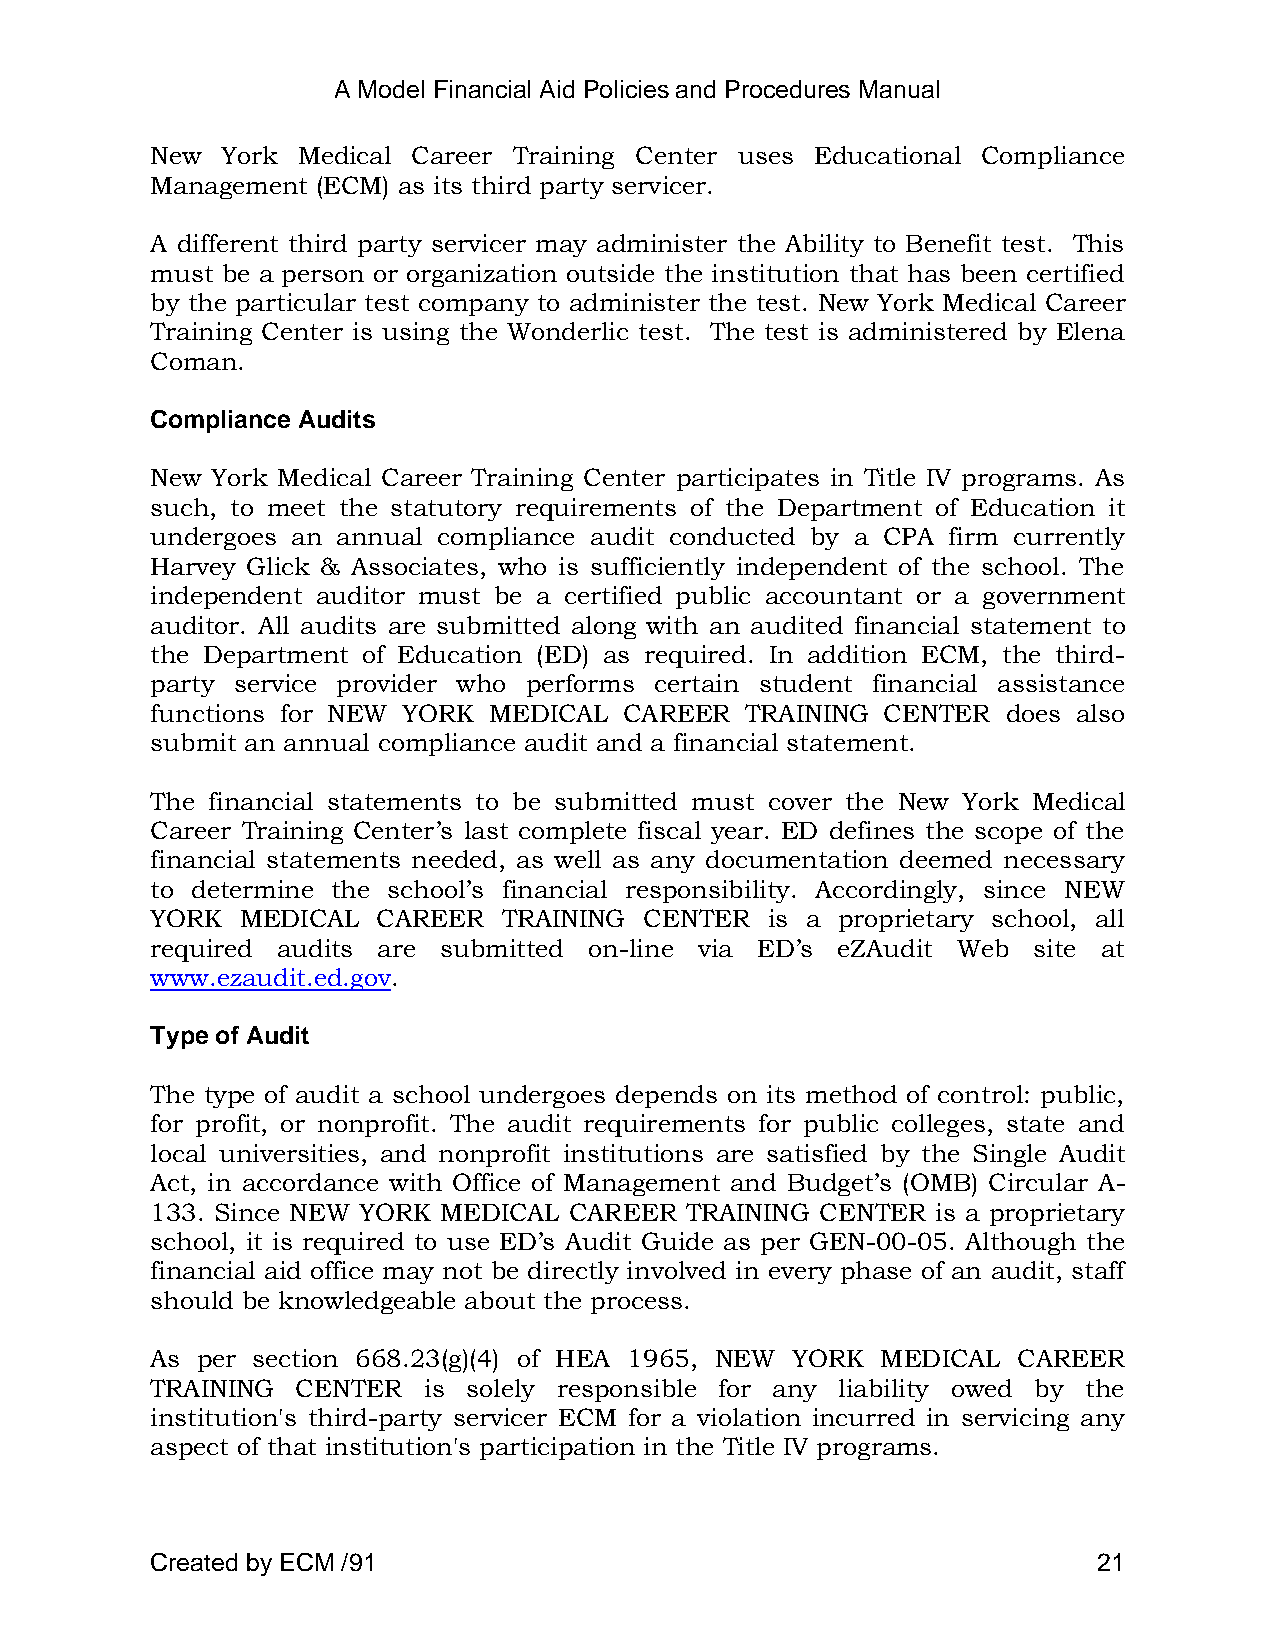
A Model Financial Aid Policies and Procedures Manual
 New  York Medical Career Training Center uses Educational Compliance
 Management (ECM) as its third party servicer.
 A different third party servicer may administer the Ability to Benefit test. This
 must be a person or organization outside the institution that has been certified
 by the particular test company to administer the test. New York Medical Career
 Training Center is using the Wonderlic test. The test is administered by Elena
 Coman.
 Compliance Audits
 New York Medical Career Training Center participates in Title IV programs. As
 such, to meet the statutory requirements of the Department of Education it
 undergoes an annual compliance audit conducted by a CPA firm currently
 Harvey Glick & Associates, who is sufficiently independent of the school. The
 independent auditor must be a certified public accountant or a government
 auditor. All audits are submitted along with an audited financial statement to
 the Department of Education (ED) as required. In addition ECM, the third-
 party service provider who performs certain student financial assistance
 functions for NEW YORK MEDICAL CAREER  TRAINING  CENTER  does also
 submit an annual compliance audit and a financial statement.
 The financial statements to be submitted must cover the New York Medical
 Career Training Center‘s last complete fiscal year. ED defines the scope of the
 financial statements needed, as well as any documentation deemed necessary
 to determine the school‘s financial responsibility. Accordingly, since NEW
 YORK  MEDICAL  CAREER  TRAINING  CENTER  is a proprietary school, all
 required audits are submitted on-line via ED‘s eZAudit Web site at
 www.ezaudit.ed.gov.
 Type of Audit
 The type of audit a school undergoes depends on its method of control: public,
 for profit, or nonprofit. The audit requirements for public colleges, state and
 local universities, and nonprofit institutions are satisfied by the Single Audit
 Act, in accordance with Office of Management and Budget‘s (OMB) Circular A-
 133. Since NEW YORK MEDICAL CAREER TRAINING CENTER  is a proprietary
 school, it is required to use ED‘s Audit Guide as per GEN-00-05. Although the
 financial aid office may not be directly involved in every phase of an audit, staff
 should be knowledgeable about the process.
 As per section 668.23(g)(4) of HEA 1965, NEW YORK MEDICAL CAREER
 TRAINING  CENTER  is solely responsible for any liability owed by the
 institution's third-party servicer ECM for a violation incurred in servicing any
 aspect of that institution's participation in the Title IV programs.
 Created by ECM /91                                             21